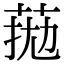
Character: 𦰖